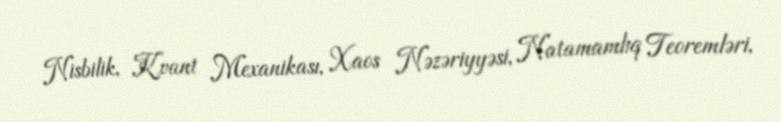
Nisbilik, Kvant Mexanikası, Xaos Nəzəriyyəsi, Natamamlıq Teoremləri,